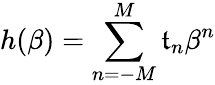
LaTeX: h(\beta)=\sum_{n=-M}^{M}\mathfrak{t}_{n}\beta^{n}